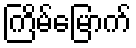
ကြိမ်မြောက်